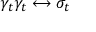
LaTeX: \gamma _ { t } \gamma _ { t } \longleftrightarrow \sigma _ { t }